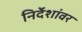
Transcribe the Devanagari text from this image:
निर्देशांवर